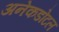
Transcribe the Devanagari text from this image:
अनेकडोटल